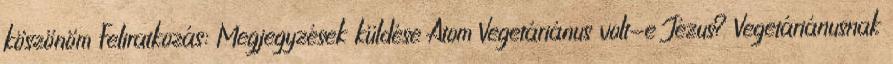
köszönöm Feliratkozás: Megjegyzések küldése Atom Vegetáriánus volt-e Jézus? Vegetáriánusnak